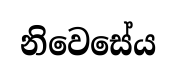
නිවෙසේය